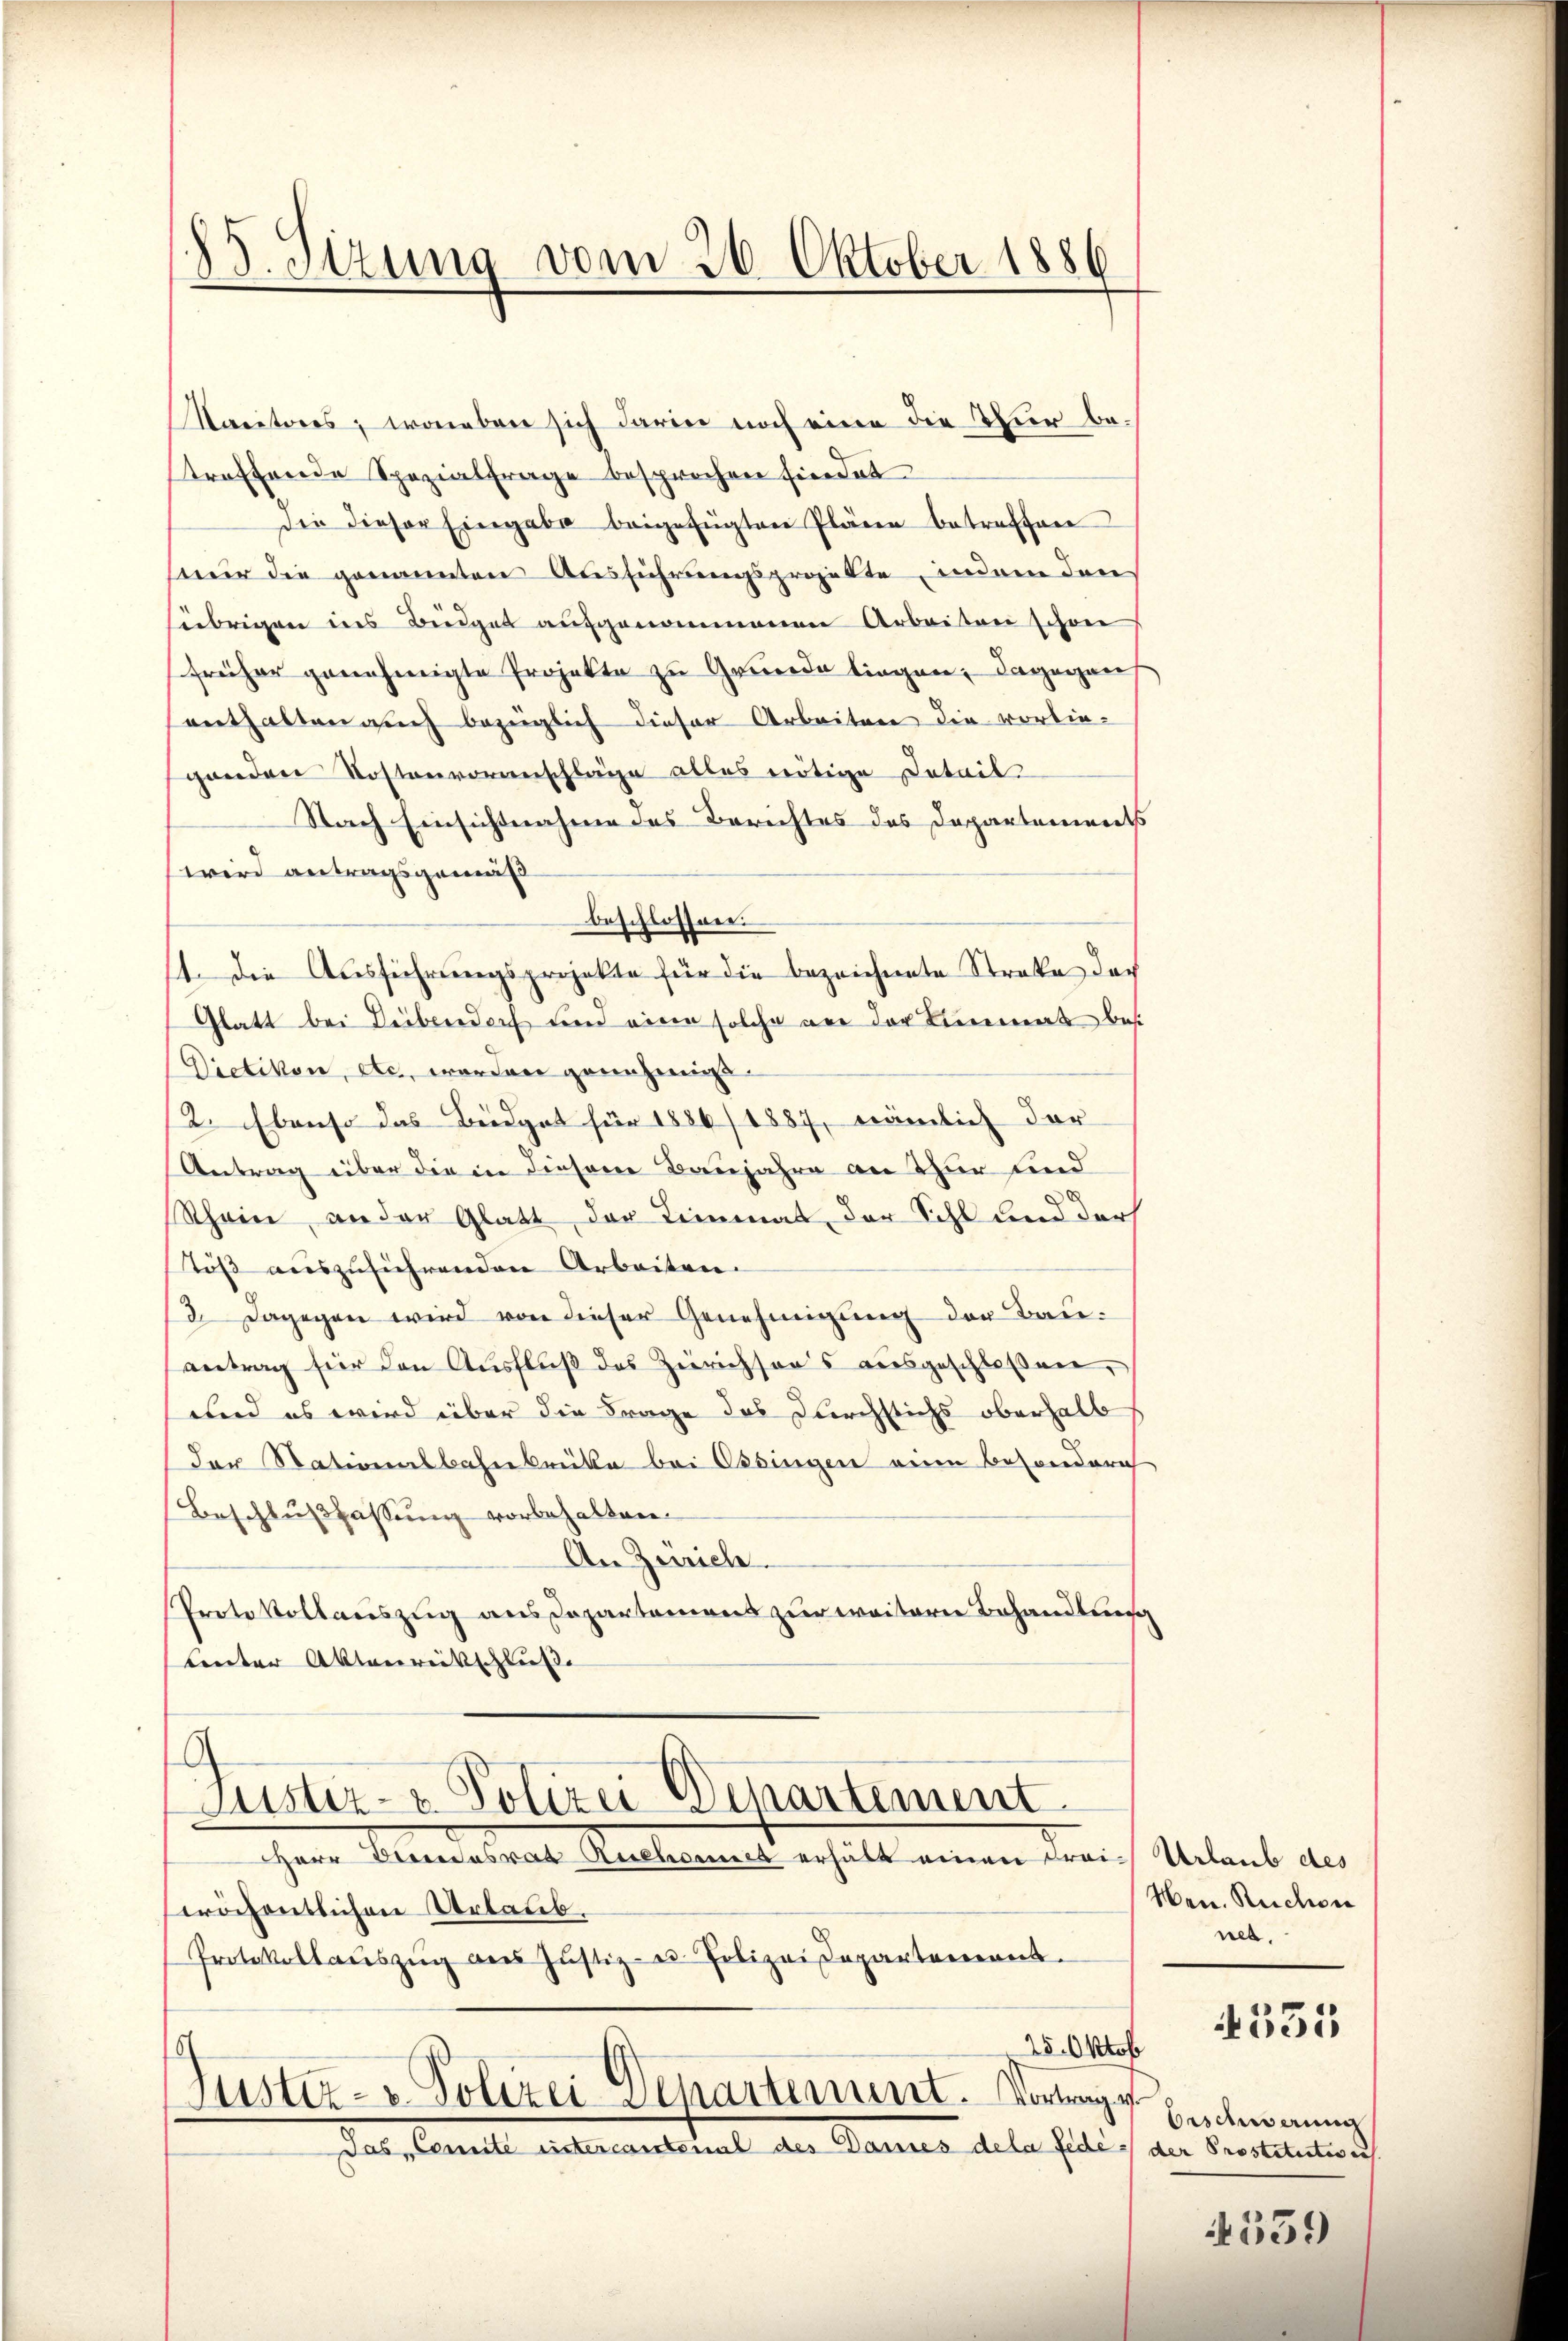
83. Sizung vom 26. Oktober 1886

Racitores, woneben sich darin noch eine die Nur betroffende Spezialfrage besprochen findet
die dieser Eingabe beigefügten Pläne betreffen
eur die genannten Ausführungsprojekte, indem den
übrigen ins Büdget aŭfgenommenen Arbeiten schon
früher genehmigte Projekte zu Grunde liegen; dagegen
enthalten auch bezüglich dieser Arbeiten die vorlieganden Kostenvoranschläge alles nötige Detail
Nach Einsichtnahme des Berichtes des Departements
wird antragsgemäß
beschlossen.
1. Die Ausführungsprojekte für die bezeichnete Streke des
Glatt bei Deibendorf und eine solche an der Limmat besi
Dietikon, etc., worden genehmigt.
2. Ebenso das Büdget für 1886/1887, nämlich der
Antrag über die in diesem Baujahre an Thur und
Rhein, an der Glatt der Limonat der Sihl und der
Töß auszuführenden Arbeiten.
d. Dagegen wird von dieser Genehmigung der Bauantrag für den Ausfluß des Zürichsens ausgeschloßen,
und es wird über die Frage das Durchstichs oberhalb
der Stationalbahnbrüke bei Ossingen eine besonderich
Beschlußfassung vorbehalten.
An Zürich.
Protokollauszug aus Departemens zur weitern Behandlung
tenter Aktenreitschluße

g
Justiz- & Polizei Departement

HHerr Beendesrat Ruchomnes erhält einen Frei-Urlaub des
röchentlichen Urlaub.
Protokollaŭszŭg aŭs Jŭstiz- u. Polizeidepartement.
25. Oktob
¬
Suster- u. Polizei Departement. Vorge
das Comite intercantonal des Dames dela fede der Prostitution

Nen. Ruchen
nes.

4531

Orschwerung

4559